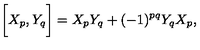
\biggl [ X _ { p } , Y _ { q } \biggr ] = X _ { p } Y _ { q } + ( - 1 ) ^ { p q } Y _ { q } X _ { p } ,